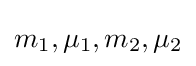
m_{1},\mu _{1},m_{2},\mu _{2}